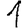
Digit: 1